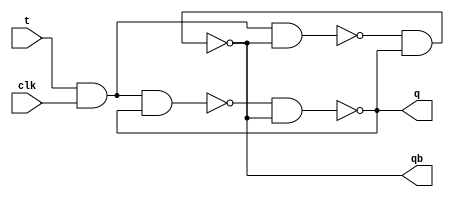
module t_ff_str(q,qb,t,clk);
input t,clk;
output q,qb;
wire w1,w2;

nand l1(w1,t,clk,q);  //upper part of the circuit -- going for q
nand l2(w2,t,clk,qb); //lower part of the circuit -- going for q'
nand l3(q,w1,qb);
nand l4(qb,w2,q);
endmodule